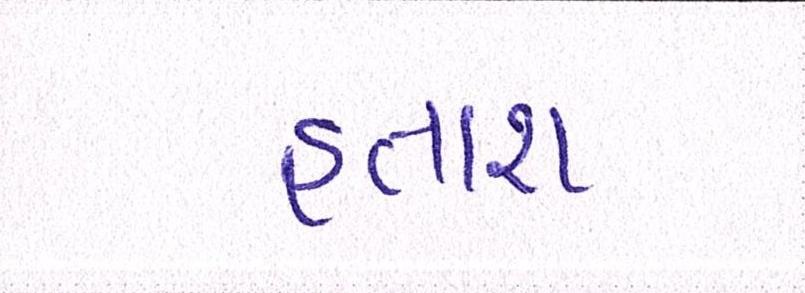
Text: હતાશ